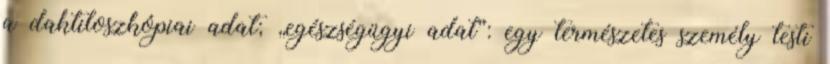
a daktiloszkópiai adat; „egészségügyi adat”: egy természetes személy testi